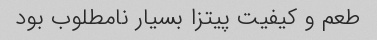
طعم و کیفیت پیتزا بسیار نامطلوب بود